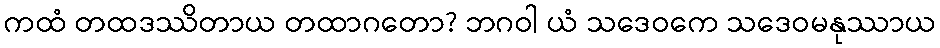
ကထံ တထဒဿိတာယ တထာဂတော? ဘဂဝါ ယံ သဒေဝကေ သဒေဝမနုဿာယ